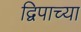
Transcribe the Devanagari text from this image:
द्विपाच्या